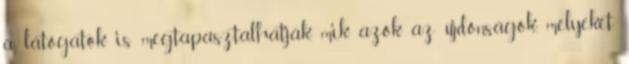
a látogatók is megtapasztalhatják, mik azok az újdonságok, melyeket